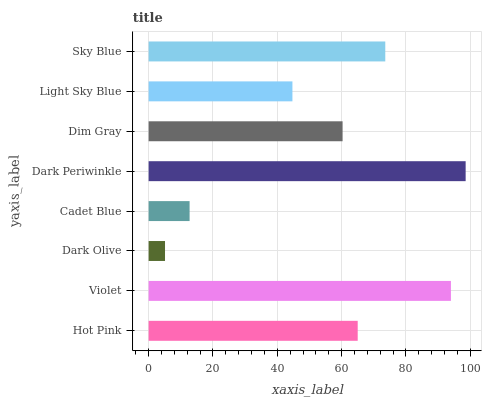
| yaxis_label | bars |
 | --- | --- |
 | Hot Pink | 65 |
 | Violet | 94 |
 | Dark Olive | 5.09 |
 | Cadet Blue | 12.7 |
 | Dark Periwinkle | 98.6 |
 | Dim Gray | 60.3 |
 | Light Sky Blue | 44.7 |
 | Sky Blue | 73.6 |